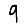
Digit: 9